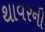
થાવરની